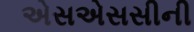
એસએસસીની